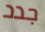
جدد